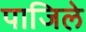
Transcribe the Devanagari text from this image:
पाजिले